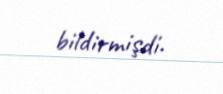
bildirmişdi.